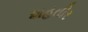
શહતીર